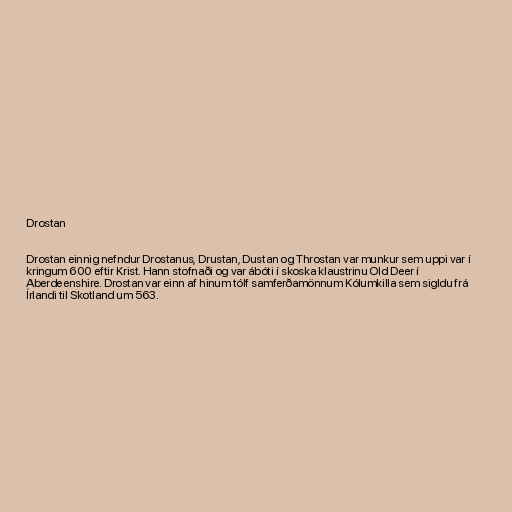
Drostan

Drostan einnig nefndur Drostanus, Drustan, Dustan og Throstan var munkur sem uppi var í
kringum 600 eftir Krist. Hann stofnaði og var ábóti í skoska klaustrinu Old Deer í
Aberdeenshire. Drostan var einn af hinum tólf samferðamönnum Kólumkilla sem sigldu frá
Írlandi til Skotland um 563.